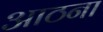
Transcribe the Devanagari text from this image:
आठना